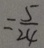
= \frac { 5 } { 2 4 }